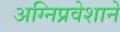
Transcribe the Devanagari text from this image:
अग्‍निप्रवेशाने